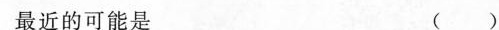
最近的可能是 ()